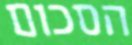
הסכום